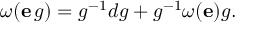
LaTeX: \omega ( \mathbf { e } \, g ) = g ^ { - 1 } d g + g ^ { - 1 } \omega ( \mathbf { e } ) g .